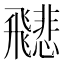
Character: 𩙻